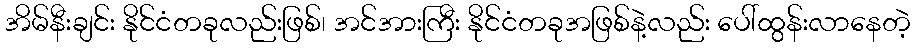
အိမ်နီးချင်း နိုင်ငံတခုလည်းဖြစ်၊ အင်အားကြီး နိုင်ငံတခုအဖြစ်နဲ့လည်း ပေါ်ထွန်းလာနေတဲ့